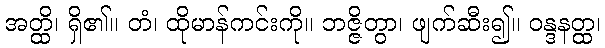
အတ္ထိ၊ ရှိ၏။ တံ၊ ထိုမာန်ကင်းကို။ ဘဇ္ဇိတွာ၊ ဖျက်ဆီး၍။ ဝန္ဒနတ္ထ၊